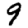
Digit: 9